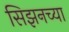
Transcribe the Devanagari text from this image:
सिझनच्या